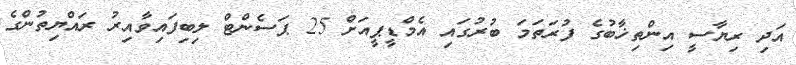
އަދި ރިޔާސީ އިންތިޚާބުގެ ފުރަތަމަ ބުރުގައި އެމްޑީޕީއަށް 25 ޕަސެންޓް ލިބިފައިވާއިރު ރައްޔިތުންގެ